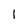
Character: I